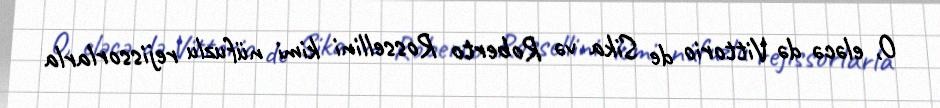
O, eləcə də Vittorio de Sika və Roberto Rossellini kimi nüfuzlu rejissorlarla